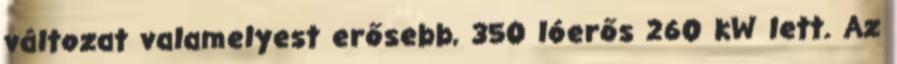
változat valamelyest erősebb, 350 lóerős 260 kW lett. Az